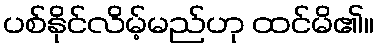
ပစ်နိုင်လိမ့်မည်ဟု ထင်မိ၏။